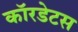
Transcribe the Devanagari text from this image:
कॉरडेटस